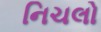
નિચલો